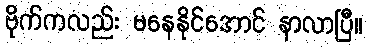
ဗိုက်ကလည်း မနေနိုင်အောင် နာလာပြီ။